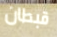
قبطان